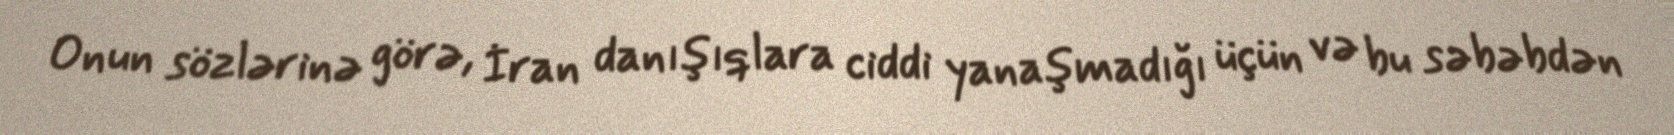
Onun sözlərinə görə, İran danışıqlara ciddi yanaşmadığı üçün və bu səbəbdən